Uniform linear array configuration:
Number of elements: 32
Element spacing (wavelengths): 0.5
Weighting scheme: blackman
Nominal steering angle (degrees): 45
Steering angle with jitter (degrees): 44.663
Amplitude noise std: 0.05
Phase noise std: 0.05

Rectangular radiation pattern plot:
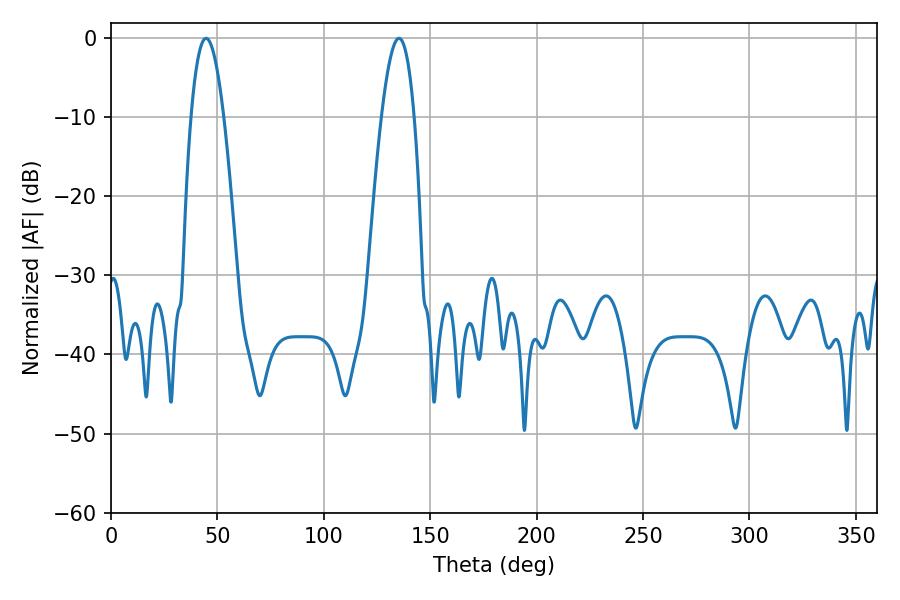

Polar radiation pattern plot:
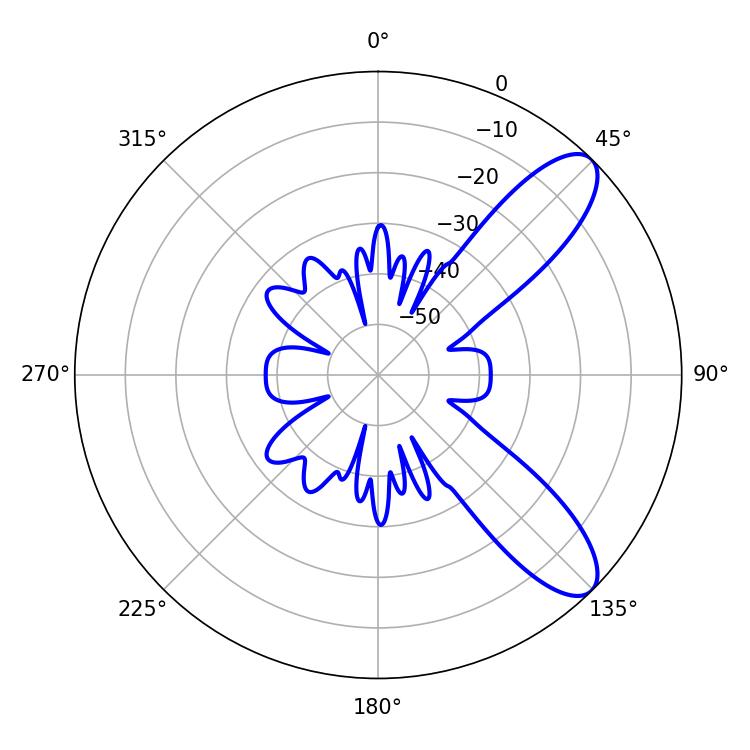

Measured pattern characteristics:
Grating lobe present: FALSE
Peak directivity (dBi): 9.509
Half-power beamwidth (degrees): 8.46
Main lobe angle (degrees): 44.64